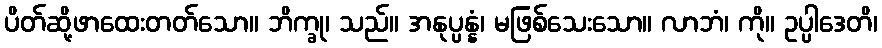
ပိတ်ဆို့ဖာထေးတတ်သော။ ဘိက္ခု၊ သည်။ အနုပ္ပန္နံ၊ မဖြစ်သေးသော။ လာဘံ၊ ကို။ ဥပ္ပါဒေတိ၊